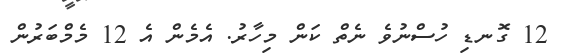
12 ގޮނޑި ހުސްނުވެ ނެތް ކަން މިހާރު. އެމެން އެ 12 މެމްބަރުން